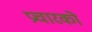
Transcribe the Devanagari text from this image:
प्रचारको